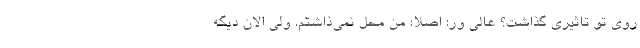
روی تو تاثیری گذاشت؟ عالی ور: اصلا؛ من محل نمی‌ذاشتم. ولی الان دیگه